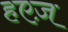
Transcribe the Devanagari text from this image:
हएज़